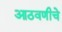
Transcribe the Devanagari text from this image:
आठवणीचे